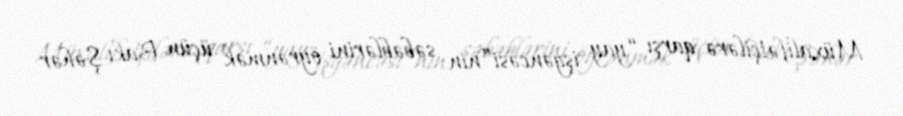
Müxalifətçilərə qarşı “yay işgəncəsi”nin səbəblərini öyrənmək üçün Bakı Şəhər